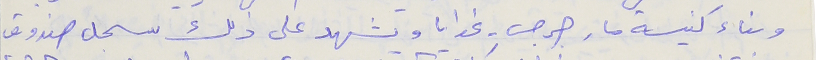
وبناء كنيسة مار جرجس - غوايا ويشهد على ذلك سجل صندوق